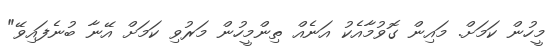
މީހުން ކަމަށް. މައިން ގޮވުމާއެކު އަނެއް ތިންމީހުން މަރުވި ކަމަށް އޭނާ ބުނެފައިވޭ"